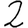
Digit: 2